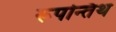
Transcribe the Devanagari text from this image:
रूपन्तिथ